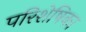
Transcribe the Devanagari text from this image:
परिशेषिका